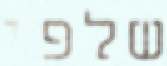
שלפי